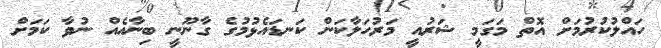
ހައްލުކުރުމަށް އޮތް މަގަމީ ޝަރުއީ މަރުހަލާކަން ކަނޑައެޅުމުގެ ގާނޫނީ ބިނާއެއް ނުވާ ކަމަށް